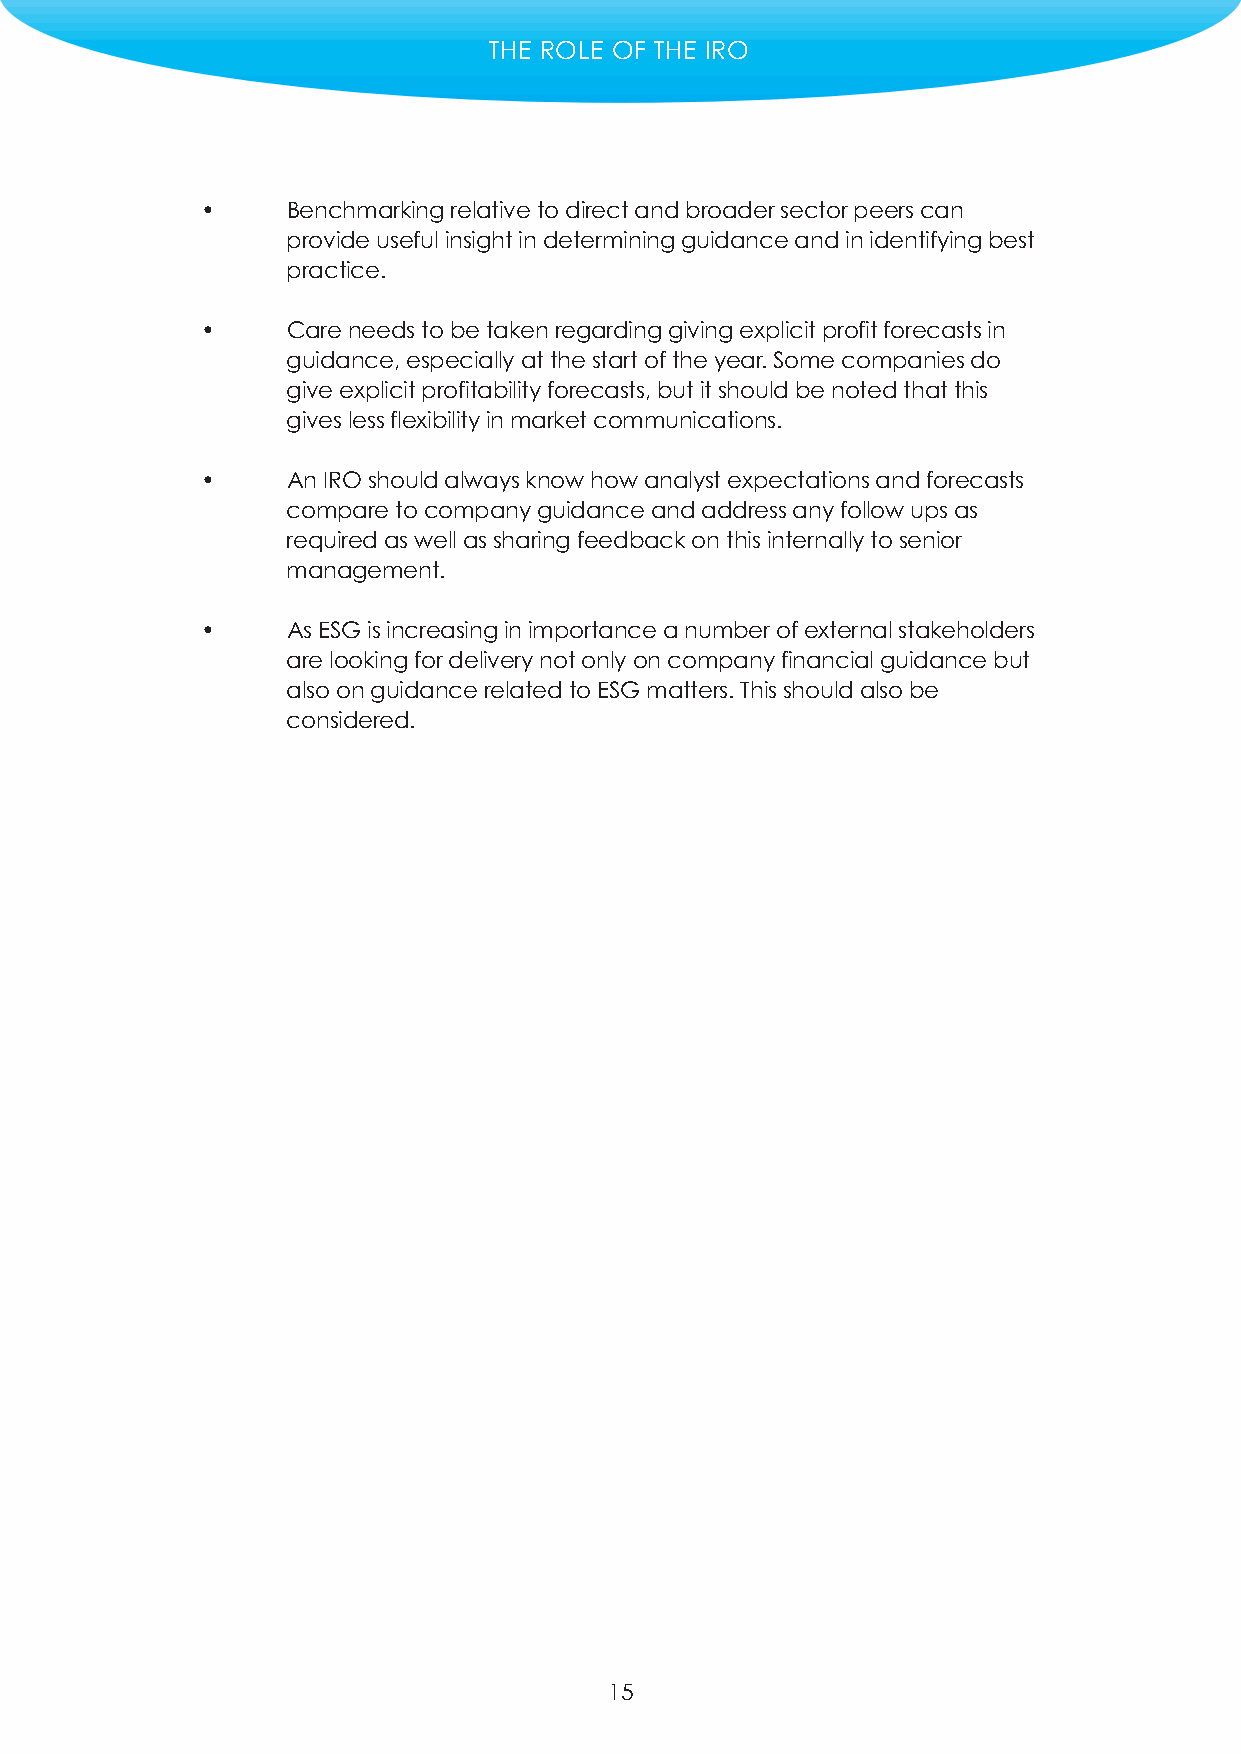
THE ROLE OF THE IRO
 •     Benchmarking relative to direct and broader sector peers can
 provide useful insight in determining guidance and in identifying best
 practice.
 •     Care needs to be taken regarding giving explicit profit forecasts in
 guidance, especially at the start of the year. Some companies do
 give explicit profitability forecasts, but it should be noted that this
 gives less flexibility in market communications.
 •     An IRO should always know how analyst expectations and forecasts
 compare to company guidance and address any follow ups as
 required as well as sharing feedback on this internally to senior
 management.
 •     As ESG is increasing in importance a number of external stakeholders
 are looking for delivery not only on company financial guidance but
 also on guidance related to ESG matters. This should also be
 considered.
 15